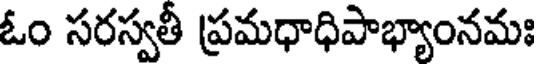
ఓం సరస్వతీ ప్రమధాధిపాభ్యాంనమః